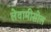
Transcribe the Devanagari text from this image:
लेवामीसोल